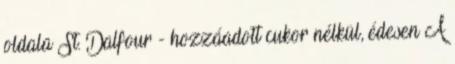
oldala St. Dalfour - hozzáadott cukor nélkül, édesen A